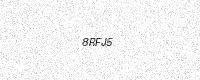
Text: 8RFJ5